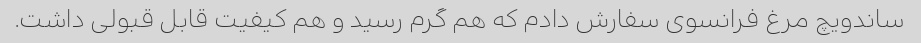
ساندویچ مرغ فرانسوی سفارش دادم که هم گرم رسید و هم کیفیت قابل قبولی داشت.